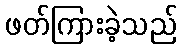
ဖတ်ကြားခဲ့သည်